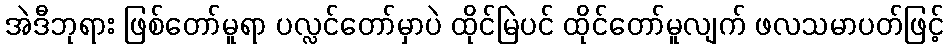
အဲဒီဘုရား ဖြစ်တော်မူရာ ပလ္လင်တော်မှာပဲ ထိုင်မြဲပင် ထိုင်တော်မူလျက် ဖလသမာပတ်ဖြင့်